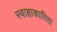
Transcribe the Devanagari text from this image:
स्वाहाकारिता